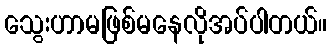
သွေးဟာမဖြစ်မနေလိုအပ်ပါတယ်။